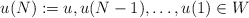
\begin{align*}u(N):=u, u(N-1), \ldots, u(1) \in W\end{align*}